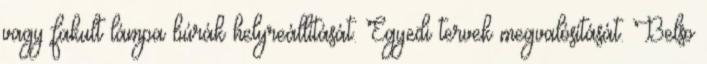
vagy fakult lámpa búrák helyreállítását. Egyedi tervek megvalósítását. Belso